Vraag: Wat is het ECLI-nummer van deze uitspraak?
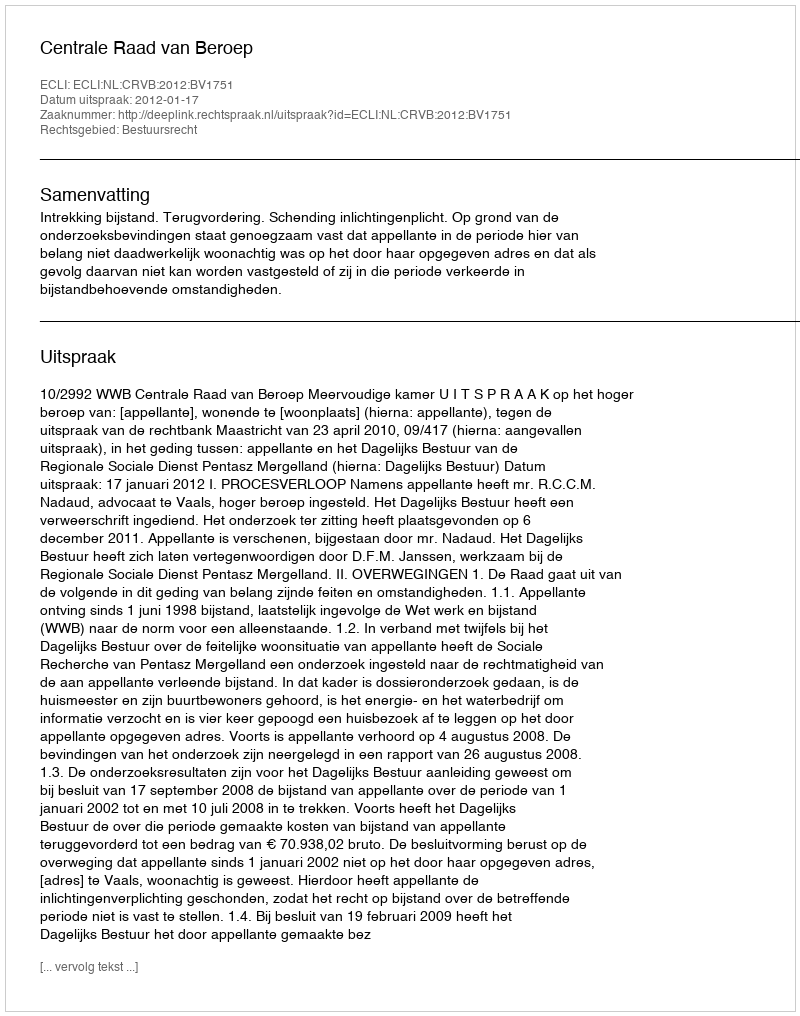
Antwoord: ECLI:NL:CRVB:2012:BV1751